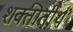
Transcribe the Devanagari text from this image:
शक्तीतीर्थ